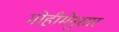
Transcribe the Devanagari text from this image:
मोहीमेनुसार